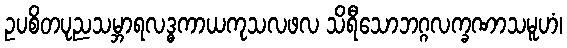
ဥပစိတပုညသမ္ဘာရလဒ္ဓကာယကုသလဖလ သိရီသောဘဂ္ဂလက္ခဏာသမူဟံ၊